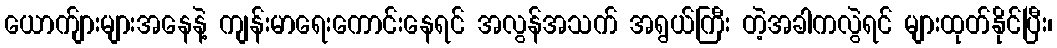
ယောက်ျားများအနေနဲ့ ကျန်းမာရေးကောင်းနေရင် အလွန်အသက် အရွယ်ကြီး တဲ့အခါကလွဲရင် များထုတ်နိုင်ပြီး၊